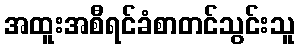
အထူးအစီရင်ခံစာတင်သွင်းသူ